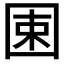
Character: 𡇯